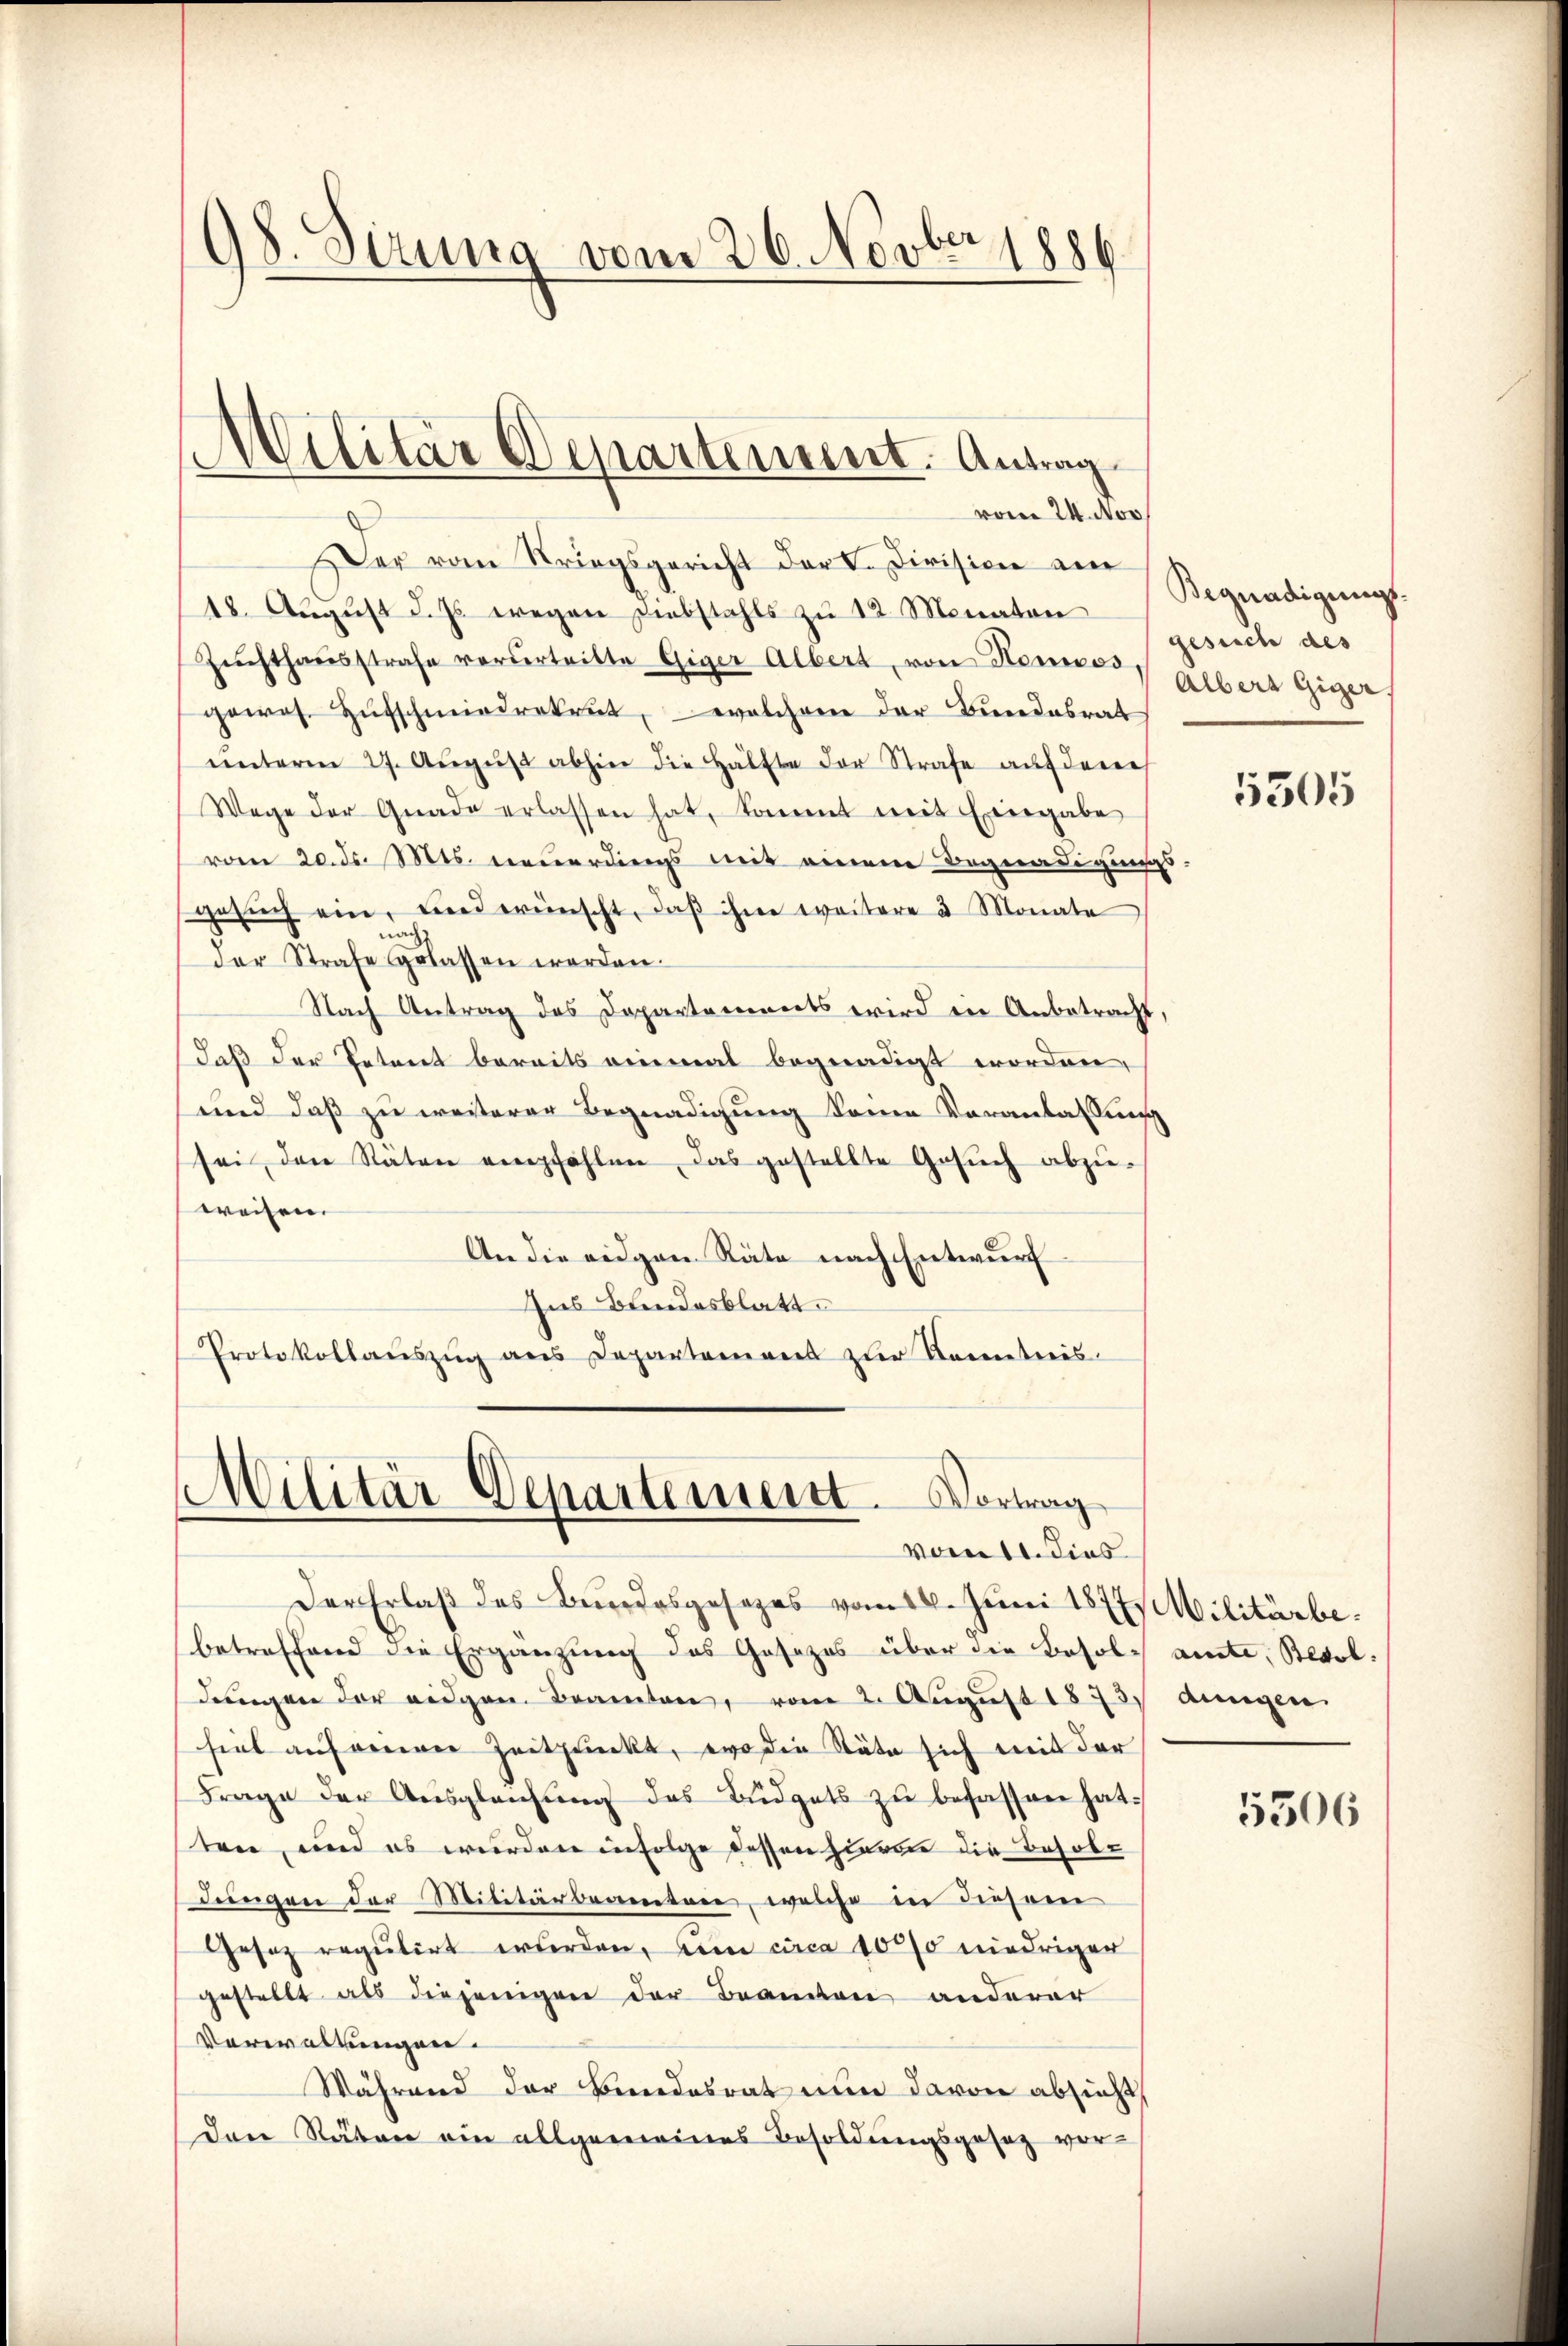
98. Sizung vom 26. Novber 1886.

Militär Departement. Antrag

vom 24. Nov.
Der vom Kriegsgericht der V. Division am
18. Aŭgŭst d. Js. wegen Diebstahls zŭ 12 Monaten
Zuchthausstrafe vordertritte Giger Albert, von Heros gebert Giger
gewes. Hufschmiedrekrut, welchem der Bundesrat
ŭnterm 27. Aŭgŭst abhin die Hälfte der Strafe auf deren
Wage der Gnade erlassen hat, kommt mit Eingabe
vom 20. ds. Mts. neuerdings mit einem Begnadigungs-
gesŭch ein, und wünscht, daβ ihre weitere 3 Monate
der Strafe gelassen worden.
Nach Antrag des Departements wird in Anbetracht,
daß der Petent bereits einmal begnadigt worden,
und daß zu weiterer Begnadigung keine Veranlassung
sei den Stäten empfehlen, das gestellte Gesŭch abzŭ-
weisen.
An die eidgen Räte nach Entwurf
Ins Bundesblatt.
Protokollaŭszŭg ans Departement zur Kenntnis.

Militär-Departement. Vortrag
vom 11. dies

Der Erlaß des Bundesgesezes vom 18. Juni 1872 Militärbe
betreffend die Ergänzung des Gesezes über die Besole amte, Besoldungen der eidgen. Beamten, vom 2. August 1873 dungen
fiel auf einer Zeitpunkt, wo die Stäte sich mit der
Frage der Ausgleichŭng des Büdgets zu besassen hat.
sten, und es wurden infolge dessen zieren die Besoldungen der Militärbeamten, welche in diesem
Gesetz regulirt wurden, von circa 10270 niedriger
gestellt als diejenigen der Beanden anderer
Verwaltungen.
Während der Bundesrat nun davon absicht
Den Räten ein allgemeines Besoldungsgesetz vor

Begnadigungs-
gesuch des

5305

5506